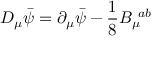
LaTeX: D _ { \mu } \bar { \psi } = \partial _ { \mu } \bar { \psi } - \frac { 1 } { 8 } B _ { \mu } ^ { \, \, \, a b }